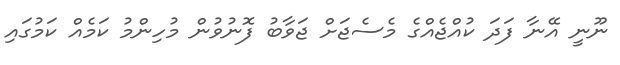
ނޫނީ އޭނާ ފަދަ ކުއްޖެއްގެ މެސެޖަށް ޖަވާބު ފޮނުވުން މުހިންމު ކަމެއް ކަމުގައި